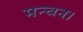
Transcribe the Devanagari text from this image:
मन्चन।